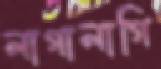
লাগালাগি